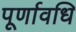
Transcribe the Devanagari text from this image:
पूर्णावधि